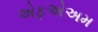
એફએઅમ